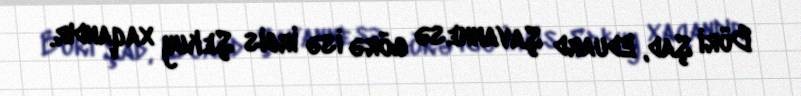
Böri Şad, Eduard Şavannesə görə isə İrbis Şekuy xaqandır.